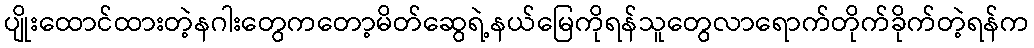
ပျိုးထောင်ထားတဲ့နဂါးတွေကတော့မိတ်ဆွေရဲ့နယ်မြေကိုရန်သူတွေလာရောက်တိုက်ခိုက်တဲ့ရန်က